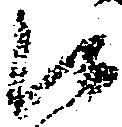
候